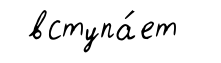
вступа́ет